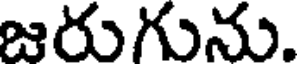
జరుగును.